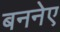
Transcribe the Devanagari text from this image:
बननेए